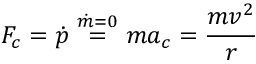
F _ { c } = { \dot { p } } \ { \overset { { \dot { m } } = 0 } { = } } \ m a _ { c } = { \frac { m v ^ { 2 } } { r } }